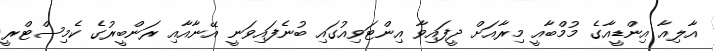
އާލިއާ އިންޑީއާގެ މުމްބާއީ މިރާއަށް ދީފައިވާ އިންޓަވިއުގައި ބުނެފައިވަނީ އޭނާއާއި ރަންބީރުގެ ކެމިސްޓްރީ